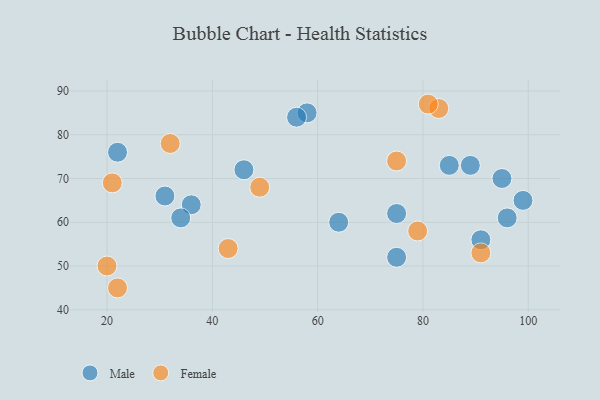
{"axis": {"x": "GDP", "y": "Life Expectancy"}, "legend": ["Female", "Male"], "data": [{"x": "75", "y": 62, "type": "Male"}, {"x": "91", "y": 56, "type": "Male"}, {"x": "36", "y": 64, "type": "Male"}, {"x": "64", "y": 60, "type": "Male"}, {"x": "95", "y": 70, "type": "Male"}, {"x": "58", "y": 85, "type": "Male"}, {"x": "56", "y": 84, "type": "Male"}, {"x": "34", "y": 61, "type": "Male"}, {"x": "96", "y": 61, "type": "Male"}, {"x": "99", "y": 65, "type": "Male"}, {"x": "75", "y": 52, "type": "Male"}, {"x": "22", "y": 76, "type": "Male"}, {"x": "31", "y": 66, "type": "Male"}, {"x": "85", "y": 73, "type": "Male"}, {"x": "46", "y": 72, "type": "Male"}, {"x": "89", "y": 73, "type": "Male"}, {"x": "20", "y": 50, "type": "Female"}, {"x": "22", "y": 45, "type": "Female"}, {"x": "32", "y": 78, "type": "Female"}, {"x": "83", "y": 86, "type": "Female"}, {"x": "49", "y": 68, "type": "Female"}, {"x": "43", "y": 54, "type": "Female"}, {"x": "79", "y": 58, "type": "Female"}, {"x": "75", "y": 74, "type": "Female"}, {"x": "21", "y": 69, "type": "Female"}, {"x": "81", "y": 87, "type": "Female"}, {"x": "91", "y": 53, "type": "Female"}]}